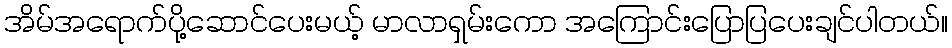
အိမ်အရောက်ပို့ဆောင်ပေးမယ့် မာလာရှမ်းကော အကြောင်းပြောပြပေးချင်ပါတယ်။